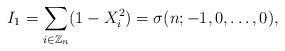
LaTeX: \begin{align*}I_1=\displaystyle \sum_{i\in \mathbb{Z}_{n}} (1-X_i^2) = \sigma(n; -1, 0, \dots , 0),\end{align*}